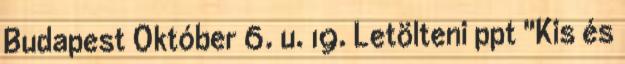
Budapest Október 6. u. 19. Letölteni ppt "Kis és